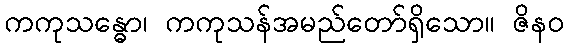
ကကုသန္ဓော၊ ကကုသန်အမည်တော်ရှိသော။ ဇိနဝ